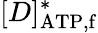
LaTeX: [D]_{\mathrm{ATP,f}}^{\ast}